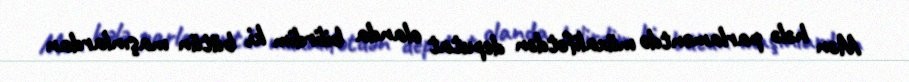
Mən hələ parlamentdə müxalifətdən deputat olanda bilirdim ki, bütün maşınlardan